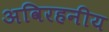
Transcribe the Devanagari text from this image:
अविरहनीय